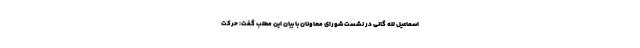
اسماعیل لله گانی در نشست شورای معاونان با بیان این مطلب گفت: حرکت